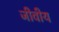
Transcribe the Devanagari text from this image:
जीवीय